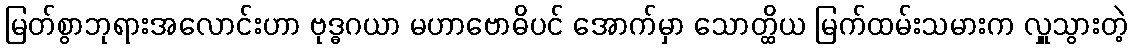
မြတ်စွာဘုရားအလောင်းဟာ ဗုဒ္ဓဂယာ မဟာဗောဓိပင် အောက်မှာ သောတ္ထိယ မြက်ထမ်းသမားက လှူသွားတဲ့